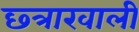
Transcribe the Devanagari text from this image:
छ्त्राखाली